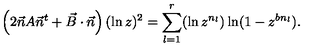
\left( 2 \vec { n } A \vec { n } ^ { t } + \vec { B } \cdot \vec { n } \right) ( \ln z ) ^ { 2 } = \sum _ { l = 1 } ^ { r } ( \ln z ^ { n _ { l } } ) \ln ( 1 - z ^ { b n _ { l } } ) .